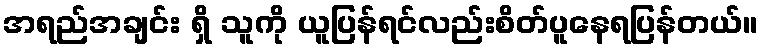
အရည်အချင်း ရှိ သူကို ယူပြန်ရင်လည်းစိတ်ပူနေရပြန်တယ်။